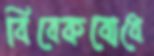
বিবেকবোধে